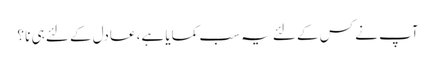
آپ نے کس کے لئے یہ سب کمایا ہے، عادل کے لئے ہی نا ؟